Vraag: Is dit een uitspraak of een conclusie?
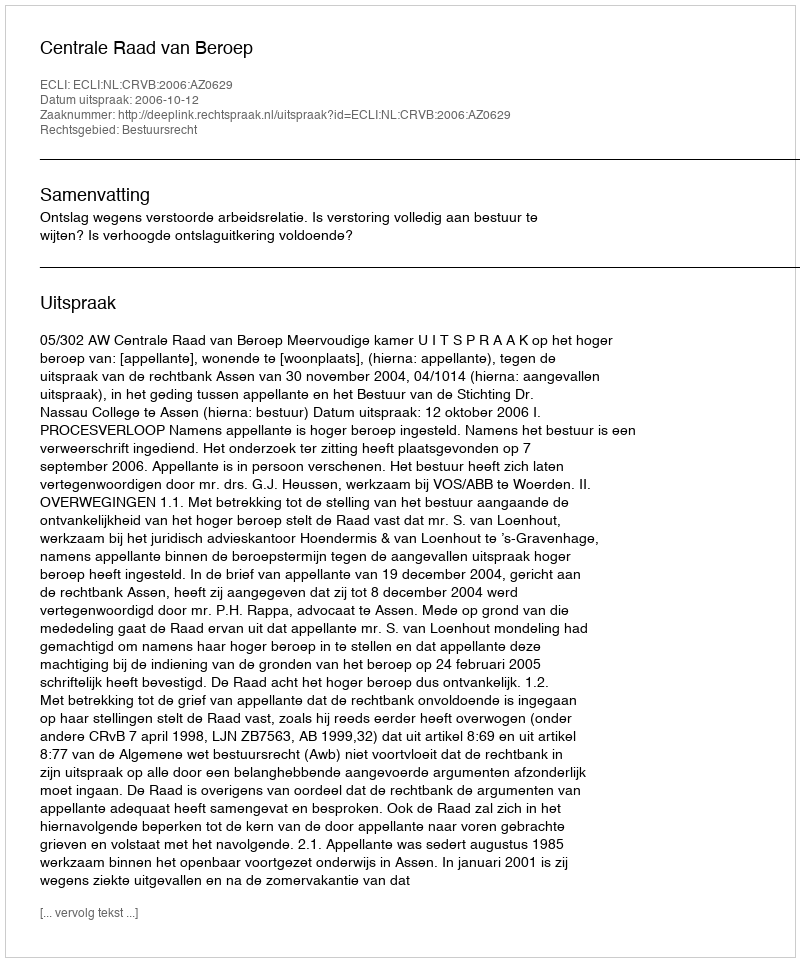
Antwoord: Uitspraak